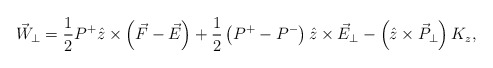
\begin{align*}\vec{W}_{\perp}=\frac{1}{2}P^+\hat{z}\times\left(\vec{F}-\vec{E}\right)+\frac{1}{2}\left(P^+-P^-\right)\hat{z}\times\vec{E}_{\perp}-\left(\hat{z}\times\vec{P}_{\perp}\right)K_z,\end{align*}